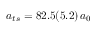
a _ { t s } = 8 2 . 5 ( 5 . 2 ) \, a _ { 0 }